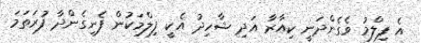
އެ ފިލްމު ވެގެންދަނީ ކިއާރާ އަދި ޝާހިދު އެކީ ފިލްމަކުން ފެނިގެންދާ ފުރަތަމަ